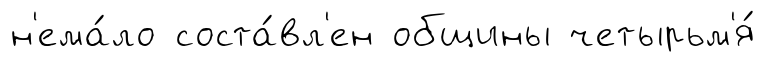
н'ема́ло соста́вл'ен общины четырьм'я́